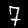
Label: 7